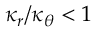
\kappa _ { r } / \kappa _ { \theta } < 1